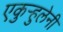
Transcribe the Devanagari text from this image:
एकुर्‍हुलेनी